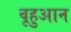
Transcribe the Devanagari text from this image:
वूहुआन